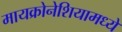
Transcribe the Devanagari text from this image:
मायक्रोनेशियामध्ये